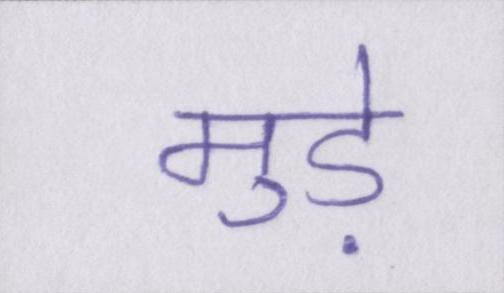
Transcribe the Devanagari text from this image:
मुड़े